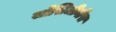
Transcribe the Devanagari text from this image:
सोसिजीनीस